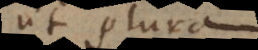
ut plura